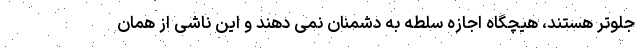
جلوتر هستند، هیچگاه اجازه سلطه به دشمنان نمی دهند و این ناشی از همان